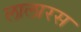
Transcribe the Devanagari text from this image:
लालारस